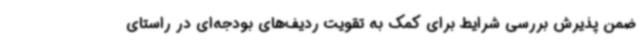
ضمن پذیرش بررسی شرایط برای کمک به تقویت ردیف‌های بودجه‌ای در راستای